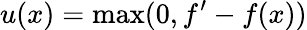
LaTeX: u(x)=\operatorname*{max}(0,f^{\prime}-f(x))